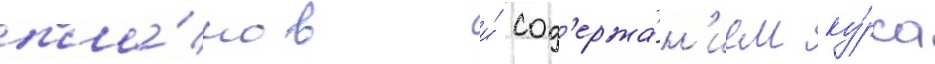
пла́нов и́ сод'ержа́н'ием ку́рса